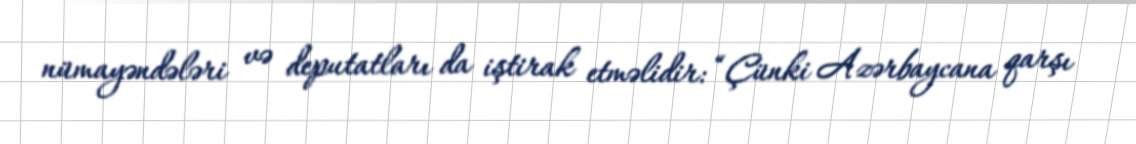
nümayəndələri və deputatları da iştirak etməlidir: “Çünki Azərbaycana qarşı